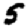
Digit: 5